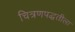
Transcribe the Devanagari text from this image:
चित्रणपद्धतीला